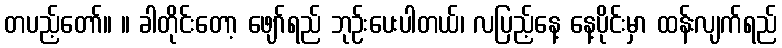
တပည့်တော်။ ။ ခါတိုင်းတော့ ဖျော်ရည် ဘုဉ်းပေးပါတယ်၊ လပြည့်နေ့ နေ့ပိုင်းမှာ ထန်းလျက်ရည်